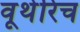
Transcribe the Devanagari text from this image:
वूथेरिच